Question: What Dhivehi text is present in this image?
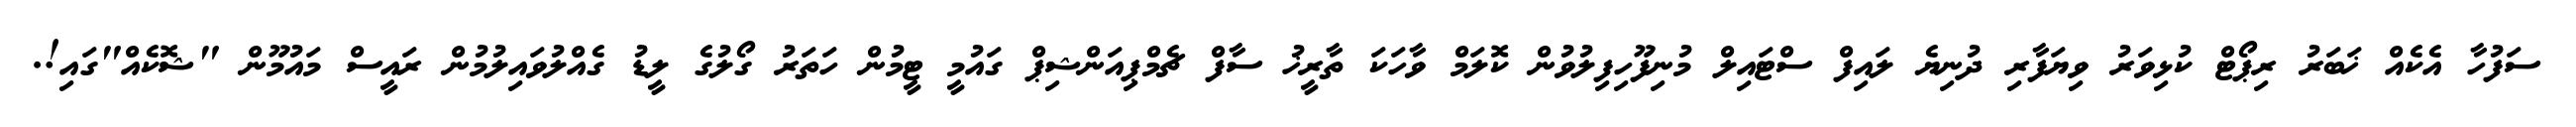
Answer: ސަފުހާ އެކެއް ޚަބަރު ރިޕޯޓް ކުޅިވަރު ވިޔަފާރި ދުނިޔެ ލައިފް ސްޓައިލް މުނިފޫހިފިލުވުން ކޮލަމް ވާހަކަ ތާރީޚު ސާފް ޗެމްޕިއަންޝިޕް ގައުމީ ޓީމުން ހަތަރު ގޯލުގެ ލީޑު ގެއްލުވައިލުމުން ރައީސް މައުމޫން "ޝޮކެއް"ގައި!.